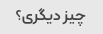
چیز دیگری؟